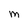
Character: M